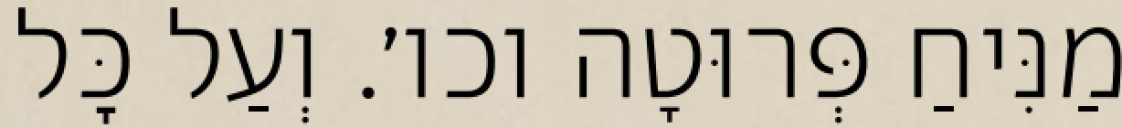
מַנִּיחַ פְּרוּטָה וכו׳. וְעַל כׇּל